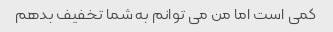
کمی است اما من می توانم به شما تخفیف بدهم